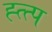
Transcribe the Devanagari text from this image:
ह्त्त्प